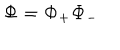
\mathbf { \Phi } = \mathbf { \Phi } _ { + } \mathbf { \Phi } _ { - }